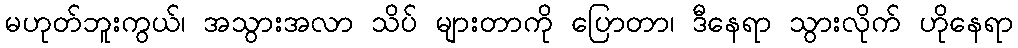
မဟုတ်ဘူးကွယ်၊ အသွားအလာ သိပ် များတာကို ပြောတာ၊ ဒီနေရာ သွားလိုက် ဟိုနေရာ